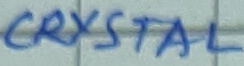
Text: CRYSTAL